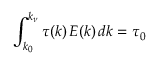
\int _ { k _ { 0 } } ^ { k _ { \nu } } \tau ( k ) \, E ( k ) \, d k = \tau _ { 0 }